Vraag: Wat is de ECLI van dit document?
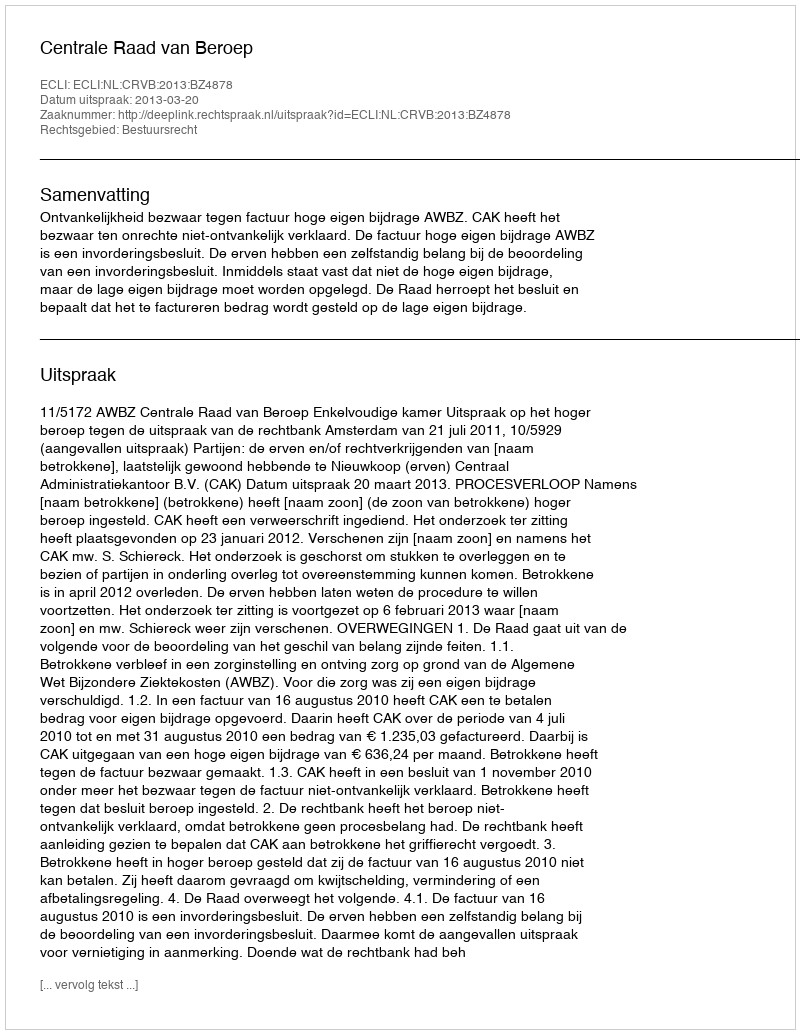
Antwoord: ECLI:NL:CRVB:2013:BZ4878